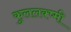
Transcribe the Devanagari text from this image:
कुललक्ष्मी